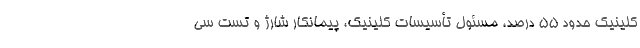
کلینیک حدود 55 درصد، مسئول تأسیسات کلینیک، پیمانکار شارژ و تست سی